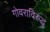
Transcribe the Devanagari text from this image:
गोवराविरुद्ध